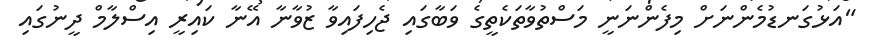
"އަޅުގަނޑުމެންނަށް މިފެންނަނީ މަސްތުވާތަކެތީގެ ވަބާގައި ޖެހިފައިވާ ޒުވާނާ އޭނާ ކައިރީ އިސްލާމް ދީނުގައި